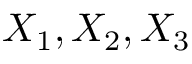
X _ { 1 } , X _ { 2 } , X _ { 3 }